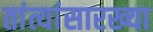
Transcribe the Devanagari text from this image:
तांत्यांसारख्या